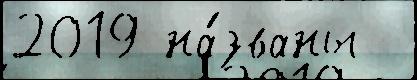
2019 на́званы